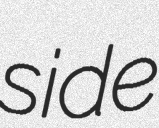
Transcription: side